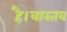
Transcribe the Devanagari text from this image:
है।वास्तब